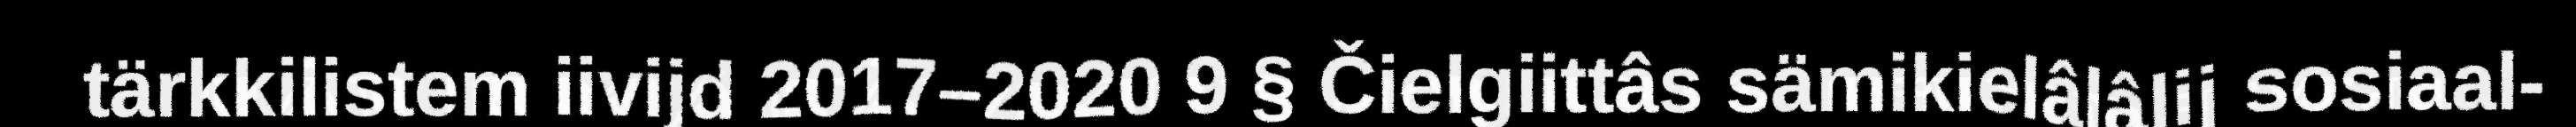
tärkkilistem iivijd 2017–2020 9 § Čielgiittâs sämikielâlâlij sosiaal-